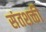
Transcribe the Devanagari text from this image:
संतशक्ती